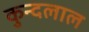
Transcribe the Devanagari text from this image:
कुन्दलाल